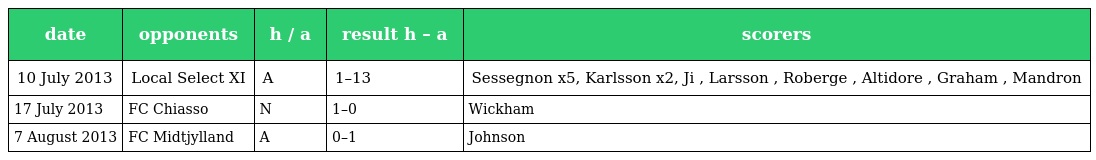
| date | opponents | h / a | result h – a | scorers |
 | --- | --- | --- | --- | --- |
 | 10 July 2013 | Local Select XI | A | 1–13 | Sessegnon x5, Karlsson x2, Ji , Larsson , Roberge , Altidore , Graham , Mandron |
 | 17 July 2013 | FC Chiasso | N | 1–0 | Wickham |
 | 7 August 2013 | FC Midtjylland | A | 0–1 | Johnson |